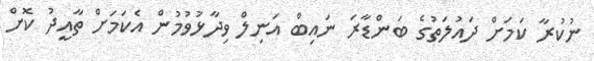
ނުކުރާ ކަމަށް ދައުލަތުގެ ބަންޑާރަ ނައިބް އަނިލް ވިދާޅުވުމުން އެކަމަށް ތާއީދު ކޮށް